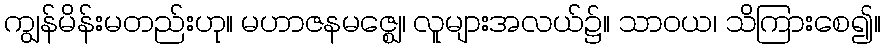
ကျွန်မိန်းမတည်းဟု။ မဟာဇနမဇ္ဈေ၊ လူများအလယ်၌။ သာဝယ၊ သိကြားစေ၍။